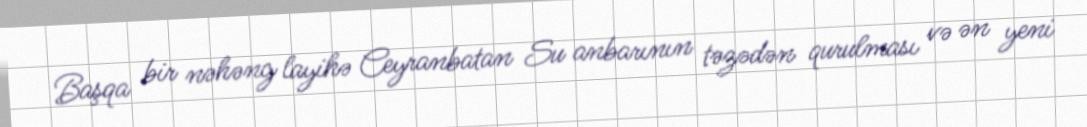
Başqa bir nəhəng layihə Ceyranbatan Su anbarının təzədən qurulması və ən yeni